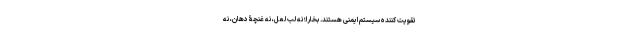
تقویت کننده سیستم ایمنی هستند. بخارا؛ نه لبِ لعل، نه غنچۀ دهان، نه